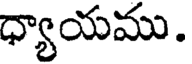
ధ్యాయము.